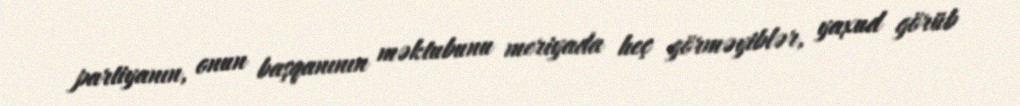
partiyanın, onun başqanının məktubunu meriyada heç görməyiblər, yaxud görüb